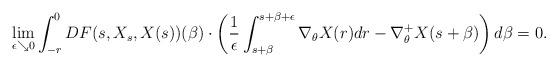
LaTeX: \begin{align*}\lim_{\epsilon \searrow 0} \int_{-r}^0 DF(s,X_s,X(s))(\beta) \cdot \left (\frac{1}{\epsilon} \int_{s+\beta}^{s+\beta+\epsilon} \nabla_\theta X(r) dr - \nabla^+_\theta X(s+\beta)\right ) d\beta = 0.\end{align*}